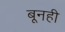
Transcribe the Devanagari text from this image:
बूनही